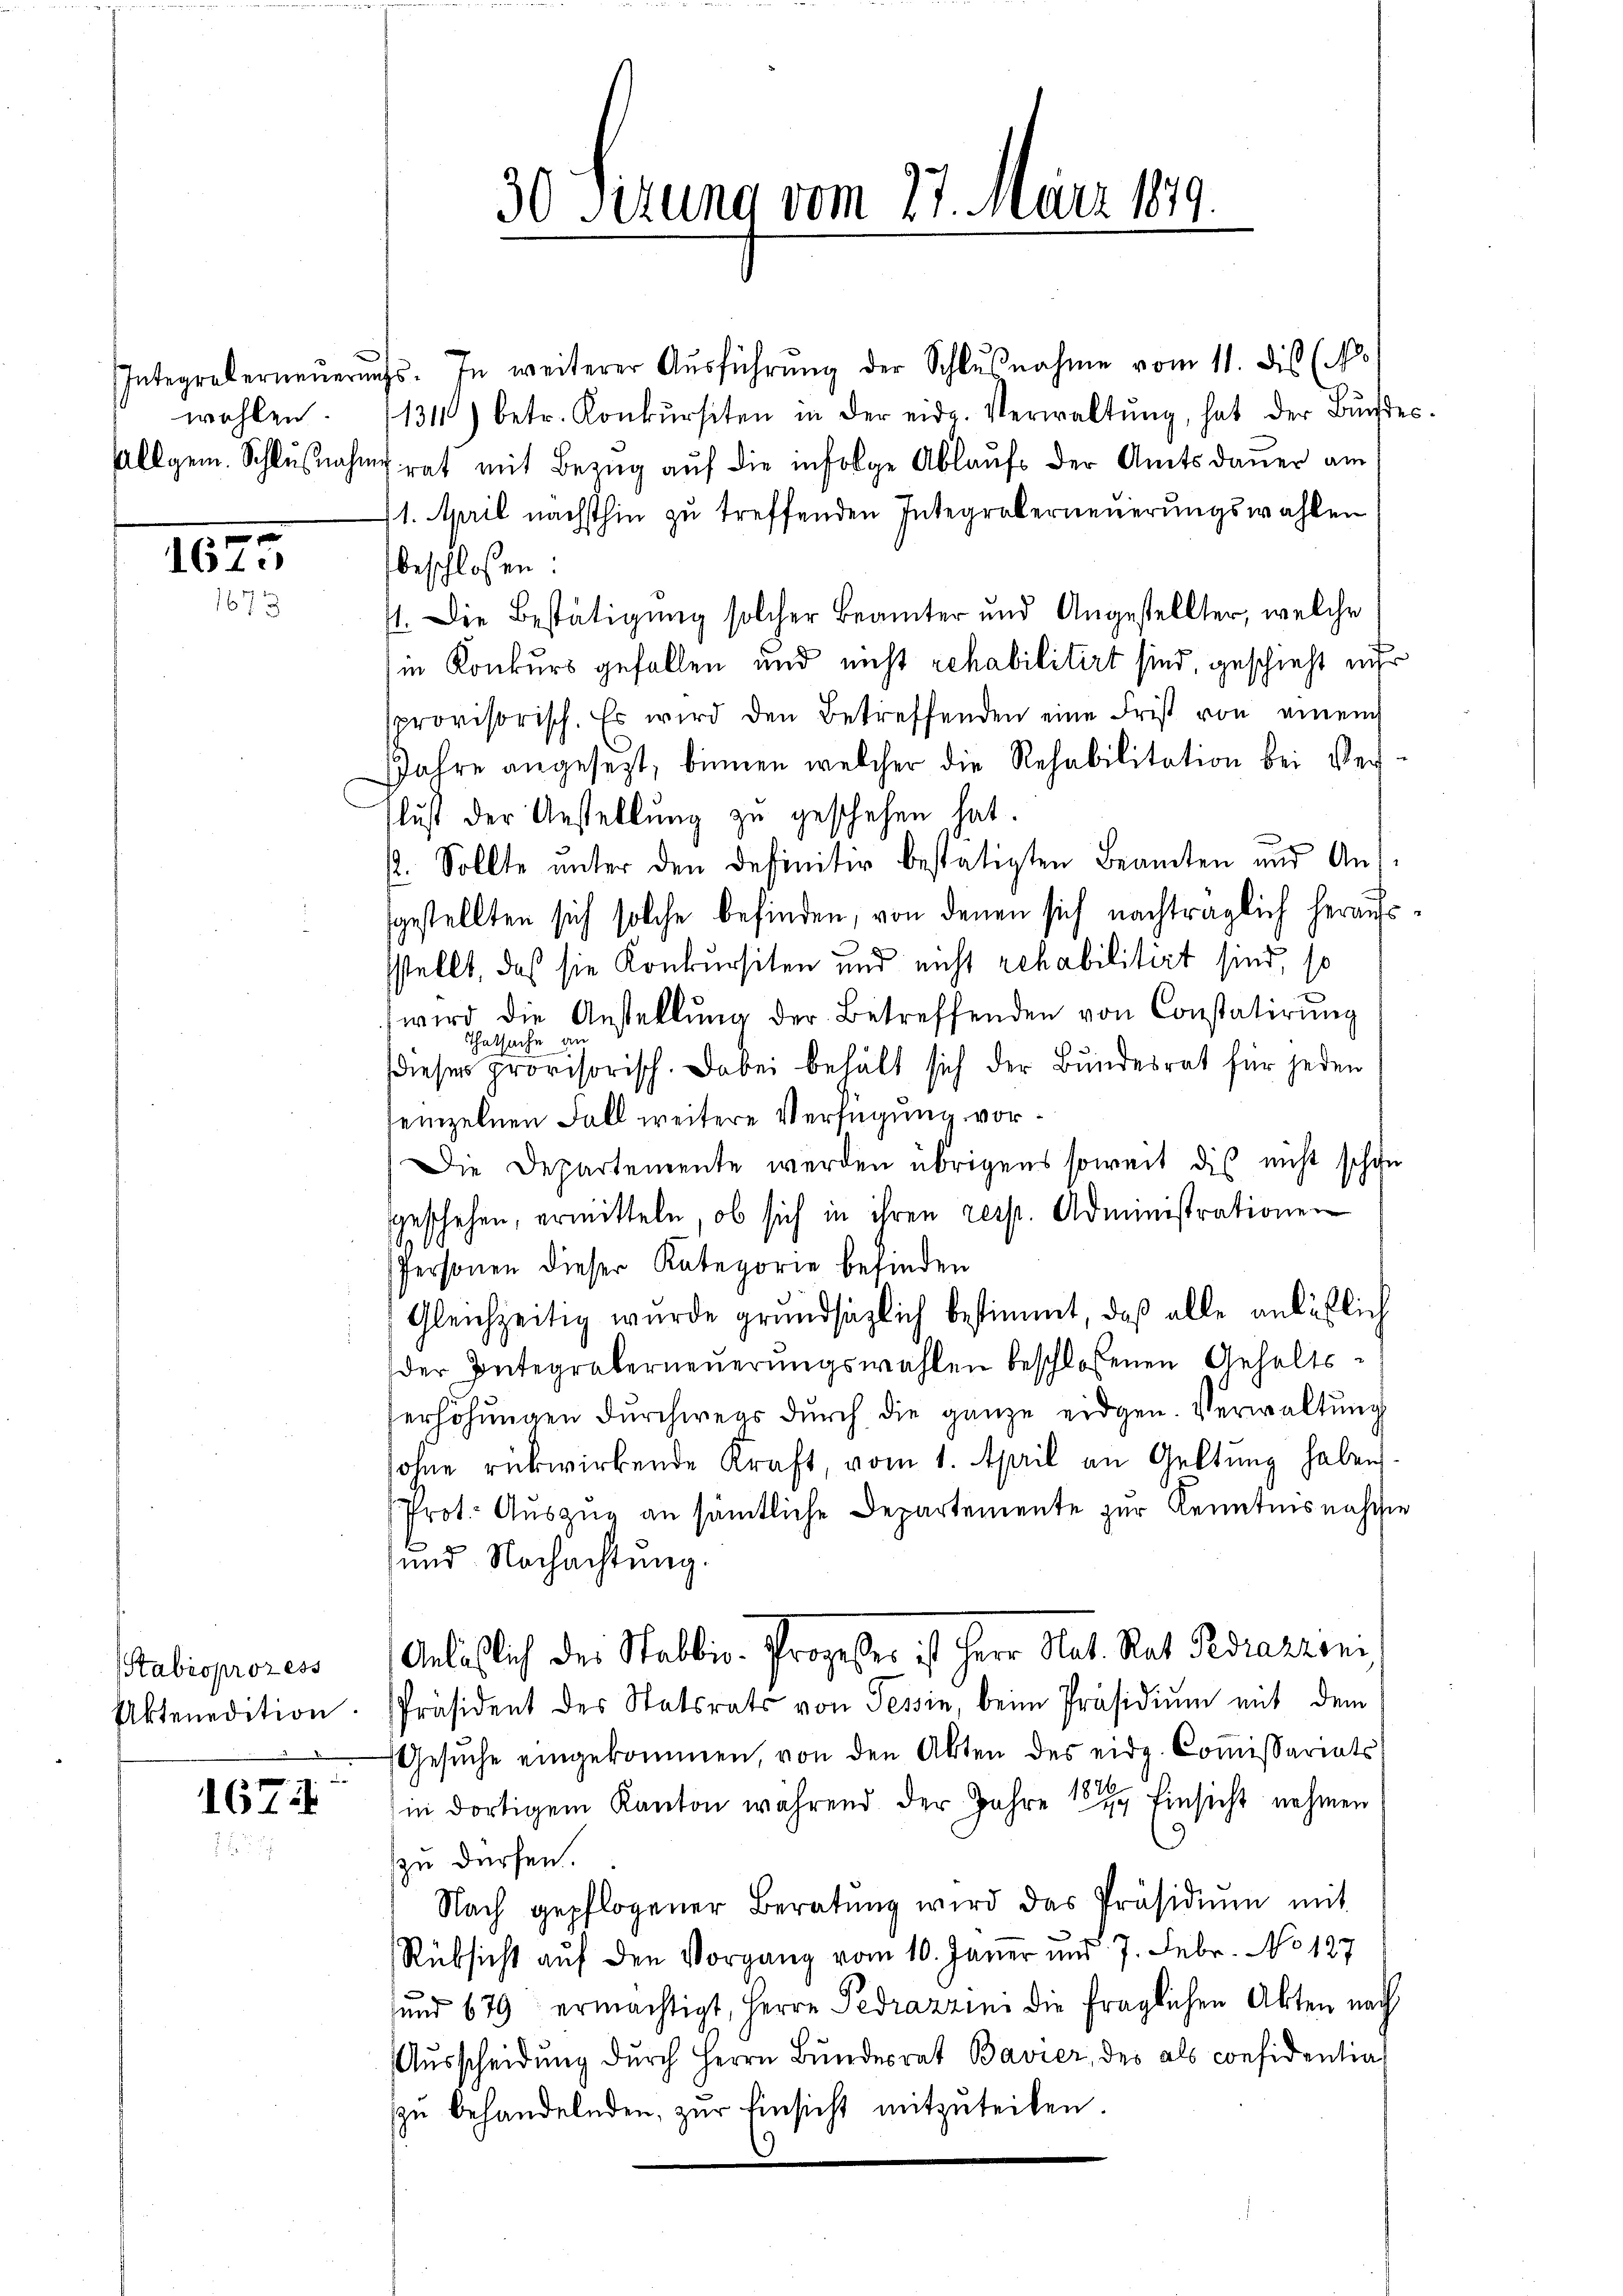
wehlen

1675
1673

Stabioprozess

1674

30 Setzung vom 27. März 1879.

Integraberneŭerŭngs. In weiterer Aŭsführŭng der Schlŭβnahme vom 11. dis (N.
1311) betr. Konkŭrsiten in der eide. Verwaltŭng, hat der Bŭndes-
Allgem. Schlußnahme rat mit Bezug auf die infolge Ablaufs der Amtsdauer am
1. April nächsthin zu treffenden Integraberneuerungswahlen
beschlossen:
71. Die Bestätigung solcher Beamter und Angestellter, welche
in Konkurs gefallen und nicht rehabilitirt sind, geschieht nur
sprovisorisch. Es wird den Betreffenden eine Frist von einem
JJahre angesezt, binnen welcher die Rehabilitation bei Verslust der Anstellung zu geschehen hat.
. Sollte unter den Definitiv bestätigten Beamten und Ansgestellten sich solche befinden, von denen sich nachträglich heraufssstellt, daß sie Konkursiten und nicht rehabilitirt sind, so
wird die Anstellŭng der Betreffenden von Constatirŭng
Thatsache d
dieser provisorisch. Dabei behält sich der Bundesrat für jeden
heinzelnen Fall weitere Verfügung vor¬
Die Departemente werden übrigens soweit dis nicht schon
geschehen, ermitteln, ob sich in ihren resp. Administrationen
Personen dieser Kategorie befinden
Gleichzeitig wurde grundsätzlich bestimmt, daß alle anläßlich
der Integrüberneuerungswahlen beschlossenen Gehalts-
erhöhungen durchwegs durch die ganze eidgen. Verwaltung
sohne rückwirkende Kraft, vom 1. April an Geltung haben
Prot. Auszug an sämtliche Departemente zur Kenntnis naschie
und Nachachtung.
Anläßlich der Stablis-Prozesser ist Herr Rat. Rat Pirazzeni
Aktenedition. Präsident des Statsrats von Tessin, beim Präsidiŭm mit dem
Gesŭche eingekommen, von den Akten des eidg. Coṁissariats-
18.
in dortigem Kanton während der Jahre 1844 Einsicht nehmen
.
zu dürfen.
Nach gepflogener Beratŭng wird das Präsidiŭm mit
Rüksicht auf den Vorgang vom 10. Janer und 7. Febr. No 127
sund 679 ermächtigt, Herrn Pedrazzin die fraglichen Akten nach
Ausscheidung durch Herrn Bundesrat Bavier, des als considentia
zŭ behandelnden, zur Einsicht mitzuteilen.